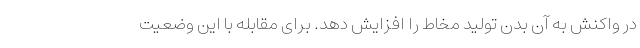
در واکنش به آن بدن تولید مخاط را افزایش دهد. برای مقابله با این وضعیت